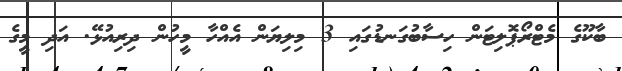
ބާކޫގެ މެޓްރޯޕޮލިޓަން ހިސާބުގަނޑުގައި 3 މިލިޔަން އެއްހާ މީހުން ދިރިއުޅޭ. އަދި މީގެ